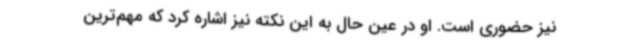
نیز حضوری است. او در عین حال به این نکته نیز اشاره کرد که مهم‌ترین